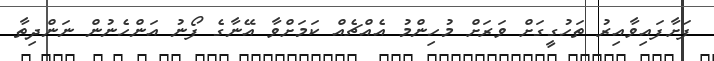
ފަށާފައިވާއިރު ތަހުގީގަށް ވަރަށް މުހިންމު އެއްޗެއް ކަމަށްވާ އޭނާގެ ފޯނު އަންހެނުން ނަންދިތާ